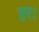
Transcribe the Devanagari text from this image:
हर।